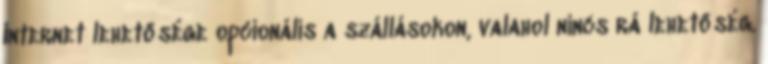
Internet lehetősége opcionális a szállásokon, valahol nincs rá lehetőség.